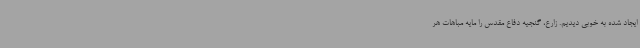
ایجاد شده به خوبی دیدیم. زارع، گنجیه دفاع مقدس را مایه مباهات هر